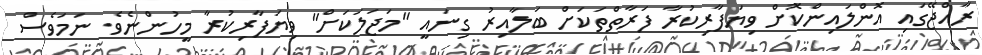
ރާއްޖޭގައި އޮންލައިންކޮށް ވިޔަފާރިކުރާ ފަރާތްތަކަށް ބަލާއިރު ގިނައީ "މަޖަލަކަށް" ވިޔަފާރިކުރާ މީހުންނެވެ. ނަމަވެސް